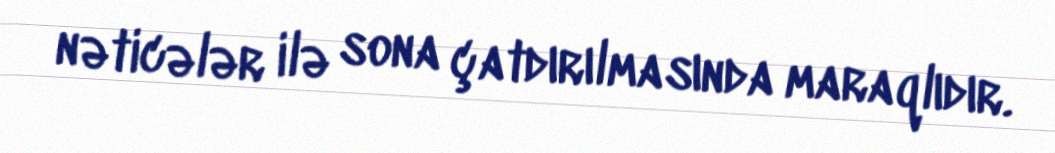
nəticələr ilə sona çatdırılmasında maraqlıdır.